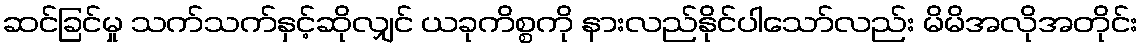
ဆင်ခြင်မှု သက်သက်နှင့်ဆိုလျှင် ယခုကိစ္စကို နားလည်နိုင်ပါသော်လည်း မိမိအလိုအတိုင်း